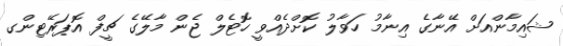
ޝައިމާންއަށް އޭނާގެ އިނާމު ހަވާލު ކޮށްދެއްވީ ހޮޓެލް ޖެން މާލޭގެ ޗީފް އޮޕަރޭޓިންގ